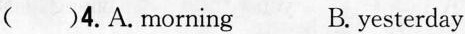
( )4.A.Morning B. yesterday